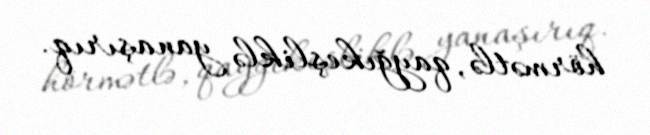
hörmətlə, qayğıkeşliklə yanaşırıq.